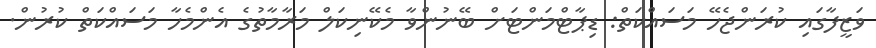
ވަޒީފާގައި ކުރަންޖެހޭ މަސައްކަތް: ޑިޕާޓްމަންޓަށް ބޭނުންވާ މެކޭނިކަލް މަރާމާތުގެ އެންމެހާ މަސައްކަތް ކުރުން.